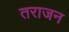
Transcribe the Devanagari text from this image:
तराजन